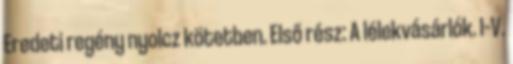
Eredeti regény nyolcz kötetben. Első rész: A lélekvásárlók. I–V.